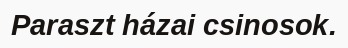
Paraszt házai csinosok.